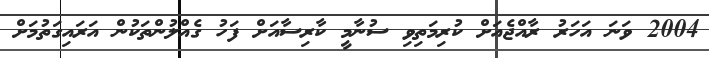
2004 ވަނަ އަހަރު ރާއްޖެއަށް ކުރިމަތިވި ސުނާމީ ކާރިސާއަށް ފަހު ގެއްލުންތަކުން އަރައިގަތުމަށް